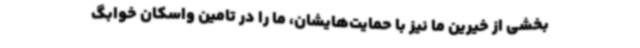
بخشی از خیرین ما نیز با حمایت‌هایشان، ما را در تامین واسکان خوابگ